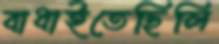
বাধাইতেছিলি